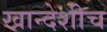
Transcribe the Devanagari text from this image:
खान्देशीच